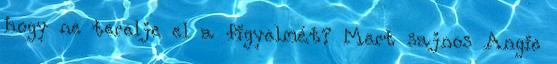
hogy ne terelje el a figyelmét? Mert sajnos Angie